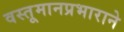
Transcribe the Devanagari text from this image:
वस्तूमानप्रभाराने